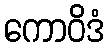
ကောဝိဒံ